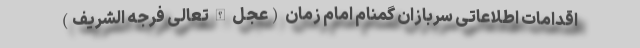
اقدامات اطلاعاتی سربازان گمنام امام زمان (عجل الله تعالی فرجه الشریف)